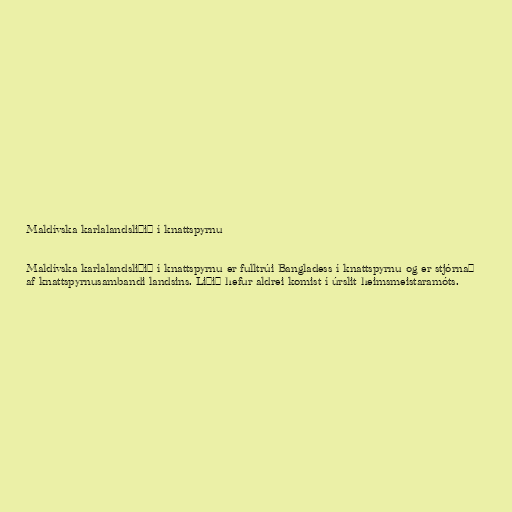
Maldívska karlalandsliðið í knattspyrnu

Maldívska karlalandsliðið í knattspyrnu er fulltrúi Bangladess í knattspyrnu og er stjórnað
af knattspyrnusambandi landsins. Liðið hefur aldrei komist í úrslit heimsmeistaramóts.